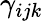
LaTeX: \gamma_{ijk}